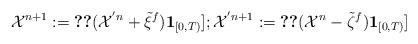
LaTeX: \begin{align*}{\cal X}^{ n+1}:=\Ref[({\cal X}^{' n}+\Tilde{\xi}^{f}){\bf 1}_{[0,T)}] ; {\cal X}^{' n+1}:=\Ref[({\cal X}^{ n}-\Tilde{\zeta}^{f}){\bf 1}_{[0,T)}]\end{align*}